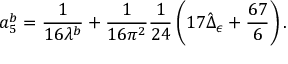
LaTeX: a _ { 5 } ^ { b } = \frac { 1 } { 1 6 \lambda ^ { b } } + \frac { 1 } { 1 6 \pi ^ { 2 } } \frac { 1 } { 2 4 } \left( 1 7 \hat { \Delta } _ { \epsilon } + \frac { 6 7 } { 6 } \right) .